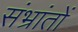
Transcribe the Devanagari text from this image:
संभ्रांतों